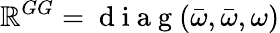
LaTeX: \mathbb{R}^{GG}=\mathrm{{~d~i~a~g~}}(\bar{{\omega}},\bar{{\omega}},\omega)